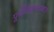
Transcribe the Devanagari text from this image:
पूर्वेतिहासाबद्दल